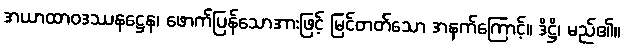
အယာထာဝဒဿနဋ္ဌေန၊ ဖောက်ပြန်သောအားဖြင့် မြင်တတ်သော အနက်ကြောင့်။ ဒိဋ္ဌိ၊ မည်၏။